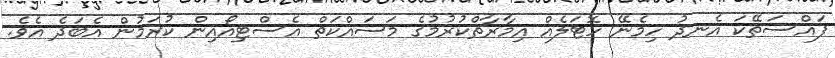
ފައްސަތޭކަ އެނދު ހިމެނޭ ހޮޓަލެއް އިމާރާތްކުރުމުގެ މަސައްކަތް އެސްޓިއޯއިން ކުރަމުން އެބަދެ އެވެ.